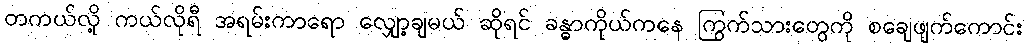
တကယ်လို့ ကယ်လိုရီ အရမ်းကာရော လျှော့ချမယ် ဆိုရင် ခန္ဓာကိုယ်ကနေ ကြွက်သားတွေကို စချေဖျက်ကောင်း